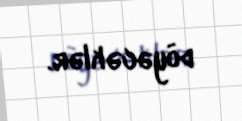
döyəcəklər.